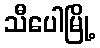
သီပေါမြို့